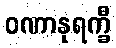
ဝဏာနုရက္ခီ